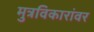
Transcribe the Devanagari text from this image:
मुत्रविकारांवर